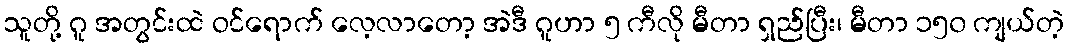
သူတို့ ဂူ အတွင်းထဲ ဝင်ရောက် လေ့လာတော့ အဲဒီ ဂူဟာ ၅ ကီလို မီတာ ရှည်ပြီး၊ မီတာ ၁၅၀ ကျယ်တဲ့